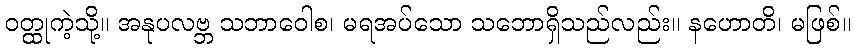
ဝတ္ထုကဲ့သို့။ အနုပလဗ္ဘ သဘာဝေါစ၊ မရအပ်သော သဘောရှိသည်လည်း။ နဟောတိ၊ မဖြစ်။